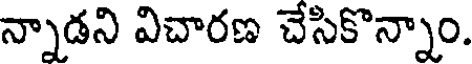
న్నాడని విచారణ చేసికొన్నాం.